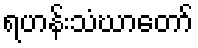
ရဟန်းသံဃာတော်